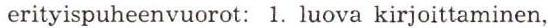
erityispuheenvuorot: 1. luova kirjoittaminen,